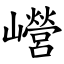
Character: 巆